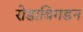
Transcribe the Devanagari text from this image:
रोडाबिगडन